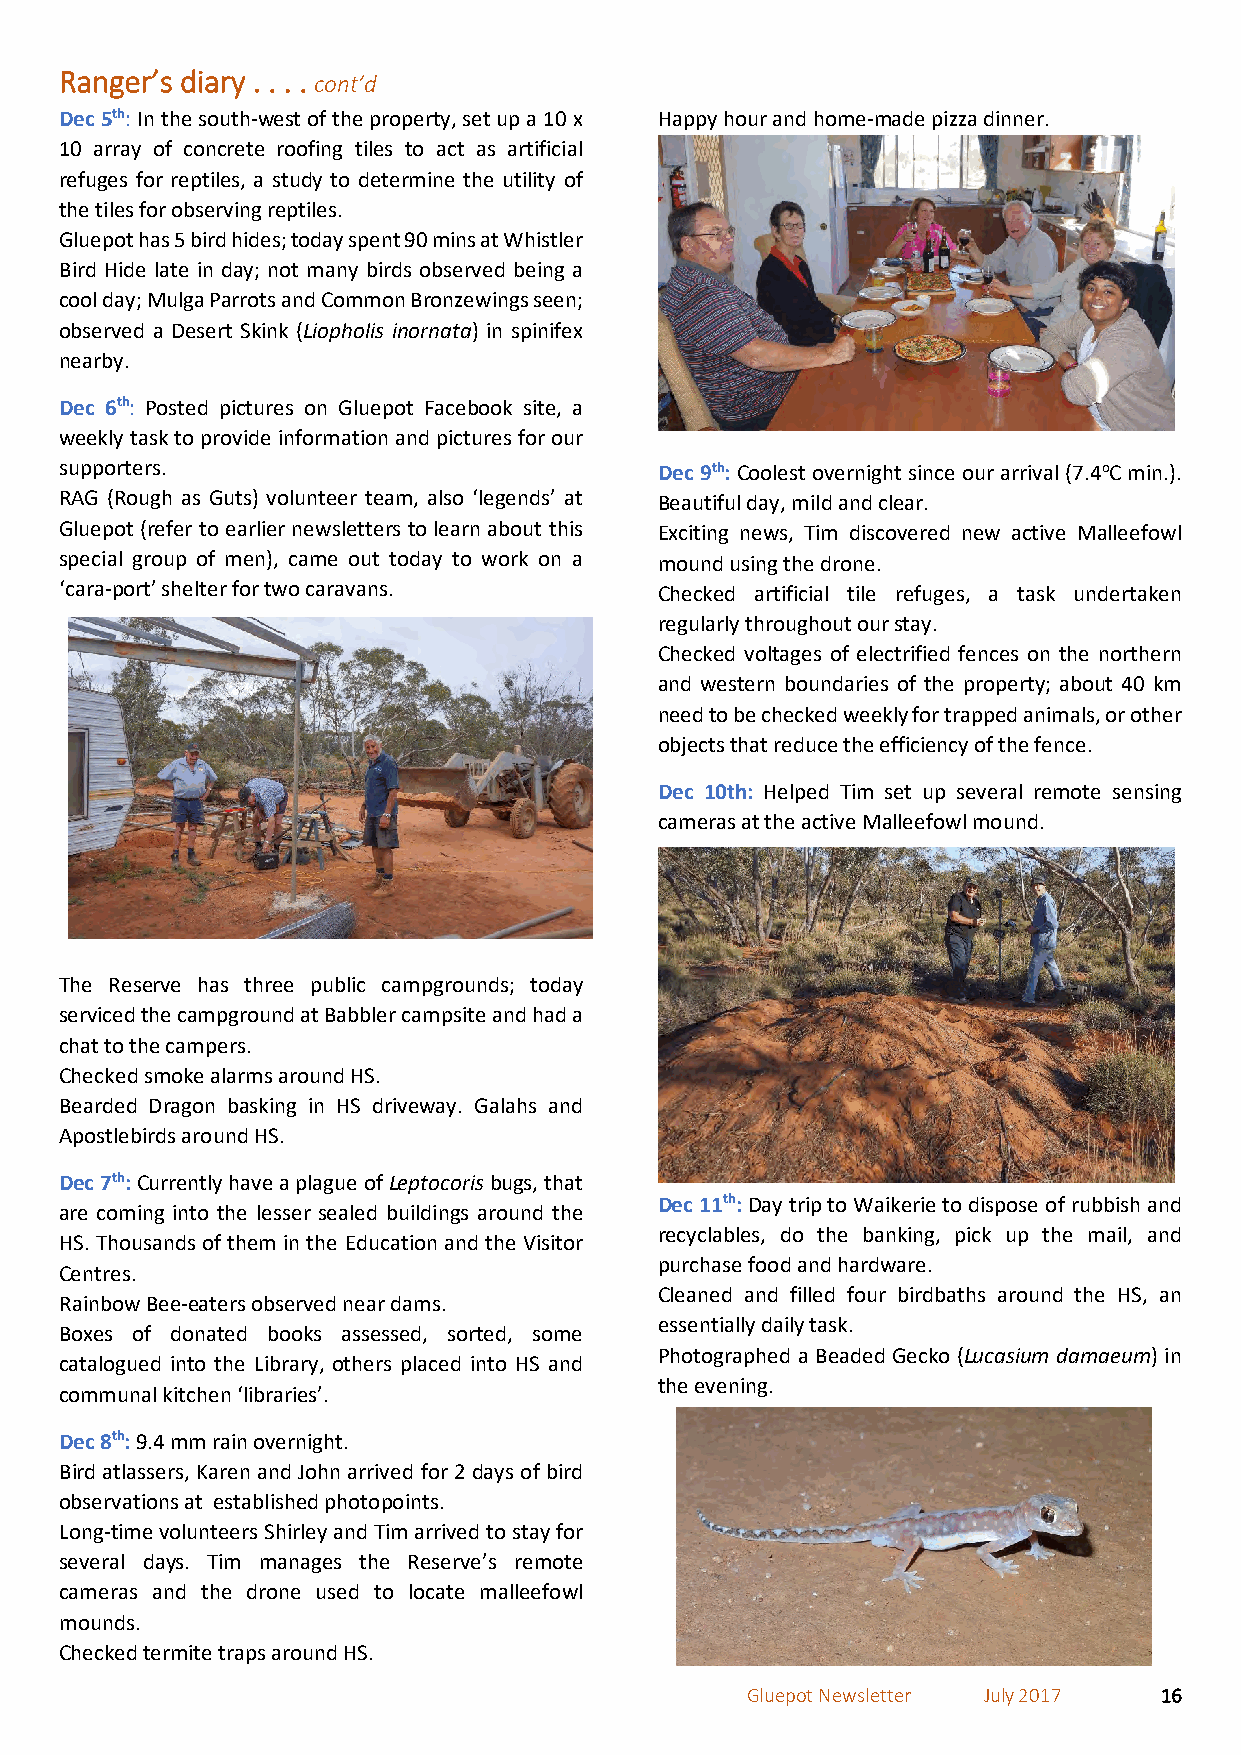
Ranger’s diary . . . . cont’d
 Dec 5th: In the south-west of the property, set up a 10 x Happy hour and home-made pizza dinner.
 10 array of concrete roofing tiles to act as artificial
 refuges for reptiles, a study to determine the utility of
 the tiles for observing reptiles.
 Gluepot has 5 bird hides; today spent 90 mins at Whistler
 Bird Hide late in day; not many birds observed being a
 cool day; Mulga Parrots and Common Bronzewings seen;
 observed a Desert Skink (Liopholis inornata) in spinifex
 nearby.
 Dec 6th: Posted pictures on Gluepot Facebook site, a
 weekly task to provide information and pictures for our
 supporters.                             Dec 9th: Coolest overnight since our arrival (7.4oC min.).
 RAG (Rough as Guts) volunteer team, also ‘legends’ at Beautiful day, mild and clear.
 Gluepot (refer to earlier newsletters to learn about this Exciting news, Tim discovered new active Malleefowl
 special group of men), came out today to work on a mound using the drone.
 ‘cara-port’ shelter for two caravans.   Checked artificial tile refuges, a task undertaken
 regularly throughout our stay.
 Checked voltages of electrified fences on the northern
 and western boundaries of the property; about 40 km
 need to be checked weekly for trapped animals, or other
 objects that reduce the efficiency of the fence.
 Dec 10th: Helped Tim set up several remote sensing
 cameras at the active Malleefowl mound.
 The Reserve has three public campgrounds; today
 serviced the campground at Babbler campsite and had a
 chat to the campers.
 Checked smoke alarms around HS.
 Bearded Dragon basking in HS driveway. Galahs and
 Apostlebirds around HS.
 Dec 7th: Currently have a plague of Leptocoris bugs, that
 Dec 11th: Day trip to Waikerie to dispose of rubbish and
 are coming into the lesser sealed buildings around the
 recyclables, do the banking, pick up the mail, and
 HS. Thousands of them in the Education and the Visitor
 purchase food and hardware.
 Centres.
 Cleaned and filled four birdbaths around the HS, an
 Rainbow Bee-eaters observed near dams.
 essentially daily task.
 Boxes of donated books assessed, sorted, some
 Photographed a Beaded Gecko (Lucasium damaeum) in
 catalogued into the Library, others placed into HS and
 the evening.
 communal kitchen ‘libraries’.
 Dec 8th: 9.4 mm rain overnight.
 Bird atlassers, Karen and John arrived for 2 days of bird
 observations at established photopoints.
 Long-time volunteers Shirley and Tim arrived to stay for
 several days. Tim manages the Reserve’s remote
 cameras and the drone used to locate malleefowl
 mounds.
 Checked termite traps around HS.
 Gluepot Newsletter July 2017 16